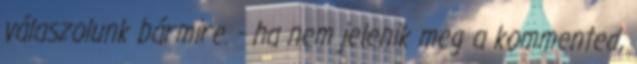
válaszolunk bármire. - ha nem jelenik meg a kommented,